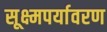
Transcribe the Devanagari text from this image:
सूक्ष्मपर्यावरण